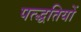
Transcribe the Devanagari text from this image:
पत्द्धतियों